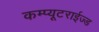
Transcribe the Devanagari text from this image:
कम्प्यूटराईज्ड